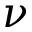
\nu